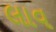
લાવ